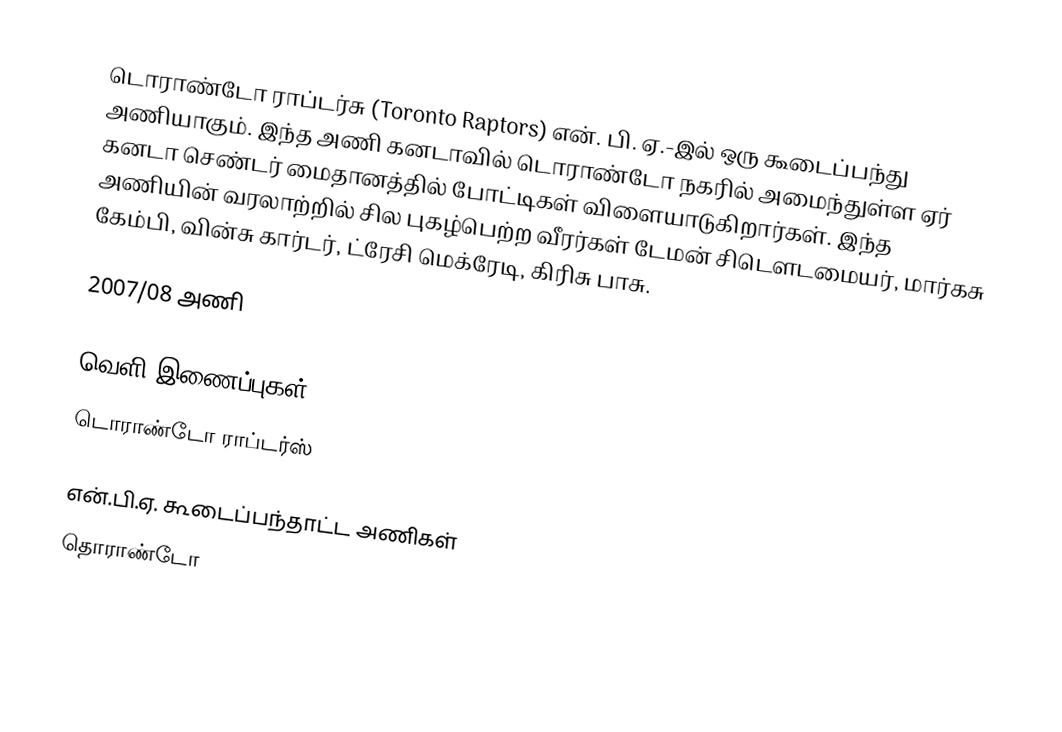
டொராண்டோ ராப்டர்சு (Toronto Raptors) என். பி. ஏ.-இல் ஒரு கூடைப்பந்து அணியாகும். இந்த அணி கனடாவில் டொராண்டோ நகரில் அமைந்துள்ள  ஏர் கனடா செண்டர் மைதானத்தில் போட்டிகள் விளையாடுகிறார்கள். இந்த அணியின் வரலாற்றில் சில புகழ்பெற்ற வீரர்கள் டேமன் சிடெளடமையர், மார்கசு கேம்பி, வின்சு கார்டர், ட்ரேசி மெக்ரேடி, கிரிசு பாசு.

2007/08 அணி

வெளி இணைப்புகள்
 டொராண்டோ ராப்டர்ஸ்

என்.பி.ஏ. கூடைப்பந்தாட்ட அணிகள்
தொராண்டோ